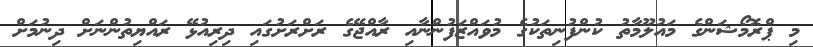
މި ޕްރޮމޯޝަންގެ މައުލޫމާތު ކުންފުނިތަކުގެ މުވައްޒަފުންނާއި ރާއްޖޭގެ ރަށްރަށުގައި ދިރިއުޅޭ ރައްޔިތުންނަށް ދިނުމަށް